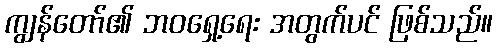
ကျွန်တော်၏ ဘဝရှေ့ရေး အတွက်ပင် ဖြစ်သည်။